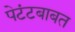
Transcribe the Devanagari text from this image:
पेटंटबाबत